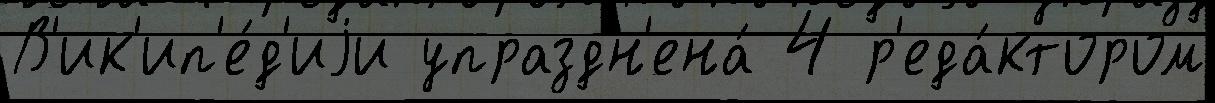
В'ик'ип'е́д'иjи упраздн'ена́ 4 р'еда́ктором